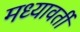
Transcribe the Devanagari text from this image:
मध्यावर्ती